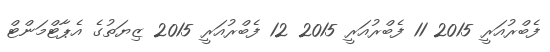
ފެބްރުއަރީ 2015 11 ފެބްރުއަރީ 2015 12 ފެބްރުއަރީ 2015 ޒިޔަތުގެ އެޕާޓްމަންޓް